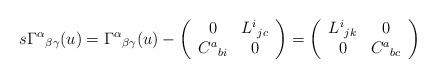
LaTeX: \begin{align*}s\Gamma ^\alpha {}_{\beta \gamma }(u)=\Gamma ^\alpha {}_{\beta\gamma }(u)-\left( \begin{array}{cc}0 & L^i{}_{jc} \\ C^a{}_{bi} & 0 \end{array}\right) =\left( \begin{array}{cc}L^i{}_{jk} & 0 \\ 0 & C^a{}_{bc} \end{array}\right)\end{align*}